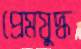
প্রেমযুদ্ধ